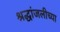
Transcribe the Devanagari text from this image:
श्रद्धांजलीच्या